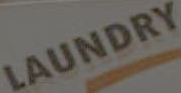
LAUNDRY